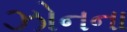
ઝોનના